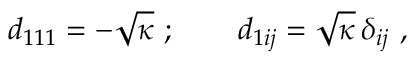
d _ { 1 1 1 } = - \sqrt { \kappa } \ ; \qquad d _ { 1 i j } = \sqrt { \kappa } \, \delta _ { i j } \ ,